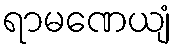
ရာမဏေယျံ